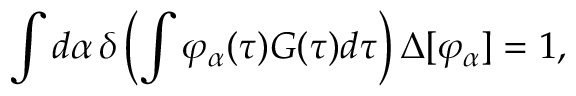
\int d \alpha \, \delta \left( \int \varphi _ { \alpha } ( \tau ) G ( \tau ) d \tau \right) \Delta [ \varphi _ { \alpha } ] = 1 ,